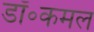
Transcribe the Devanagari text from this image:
डॉ॰कमल